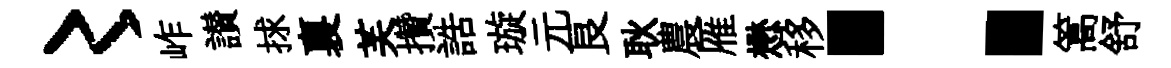
〻岞讃捄裏芙攢誥璇元良耿農雁懋移：篙舒